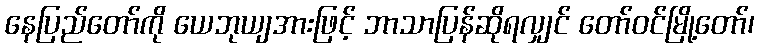
နေပြည်တော်ကို ယေဘုယျအားဖြင့် ဘာသာပြန်ဆိုရလျှင် တော်ဝင်မြို့တော်၊